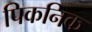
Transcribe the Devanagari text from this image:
पिकनिक